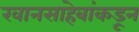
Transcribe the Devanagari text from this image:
खानसाहेबांकडून